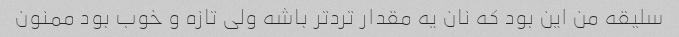
سلیقه من این بود که نان یه مقدار ترد‌تر باشه ولی تازه و خوب بود ممنون